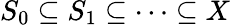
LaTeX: S_{0}\subseteq S_{1}\subseteq\cdots\subseteq X